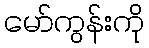
မော်ကွန်းကို